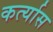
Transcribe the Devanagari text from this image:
कर्त्यास